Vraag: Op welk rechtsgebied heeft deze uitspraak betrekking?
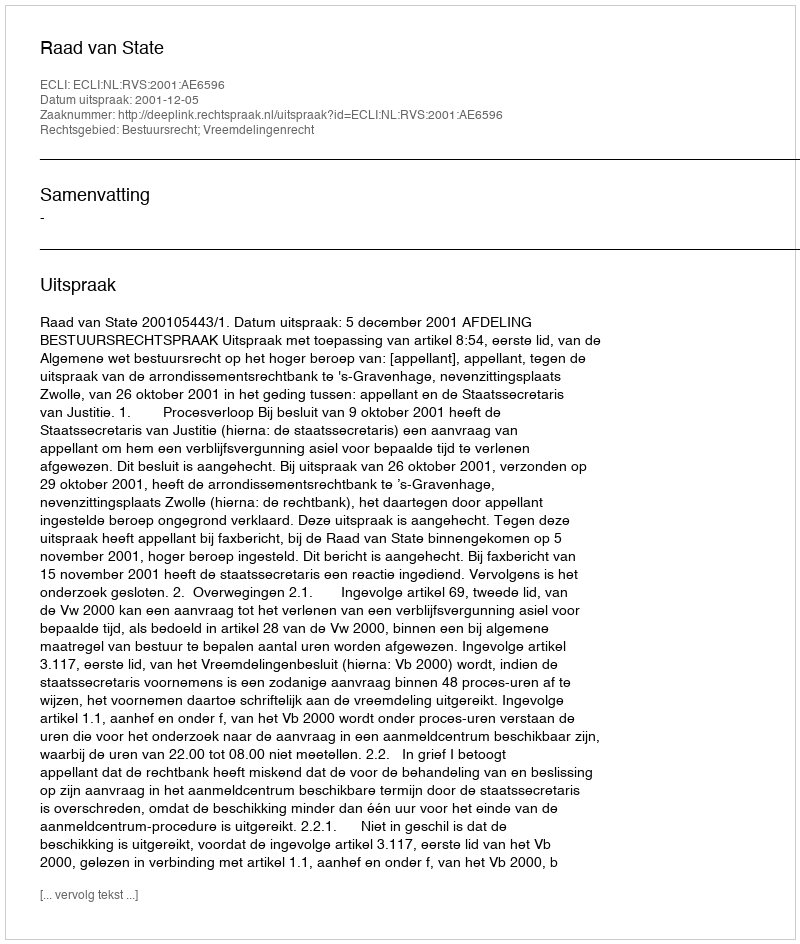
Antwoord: Bestuursrecht; Vreemdelingenrecht